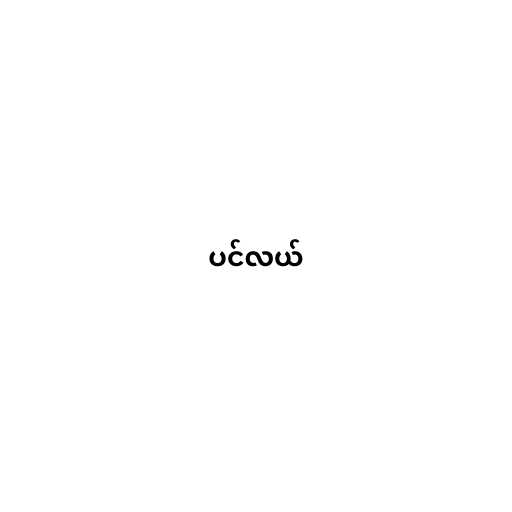
ပင်လယ်